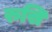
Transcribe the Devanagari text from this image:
रुसि